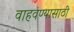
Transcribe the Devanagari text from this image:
वाहवण्यासाठी